Vaccination report Assam 1896-1927 - 1896-1927
Year: 1896
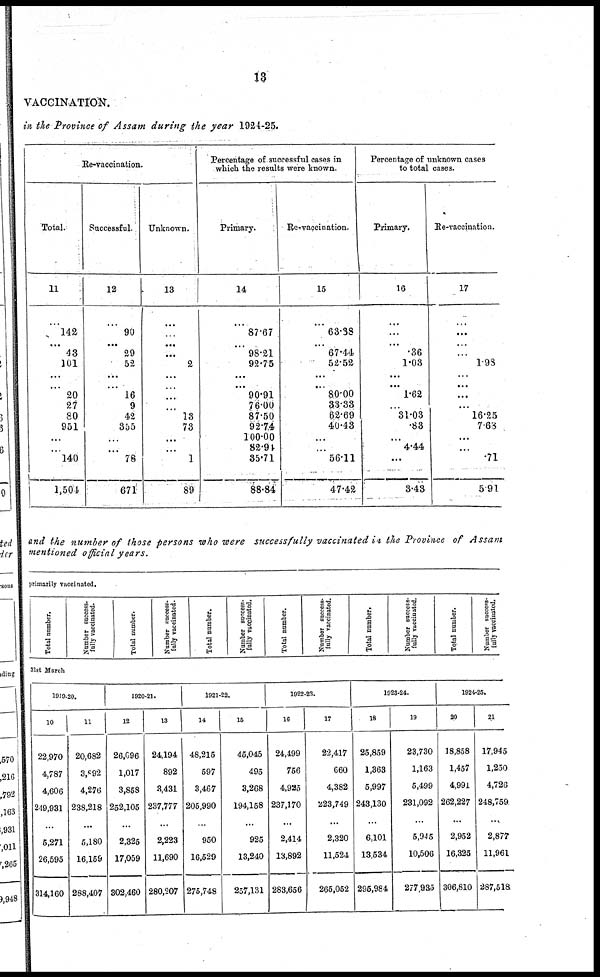
13
VACCINATION.
in the Province of Assam during the year 1924-25.
Re-vaccination.
Total.
11
...
142
...
43
101
...
...
20
27
80
951
...
...
140
1,504
Successful.
12
...
90
...
29
52
...
...
16
9
42
355
...
...
78
671
Unknown.
13
...
...
...
...
2
...
...
...
...
18
73
...
...
1
89
Percentage of successful cases in
which the results were known.
Primary.
14
...
87.67
...
98.21
92.75
...
...
90.91
76.00
87.50
92.74
100.00
82.91
35.71
88.84
Re-vaccination.
15
...
63.38
...
67.44
52.52
...
...
80.00
33.33
62.69
40.43
...
...
56.11
47.42
Percentage of unknown cases
to total cases.
Primary.
16
...
...
...
.36
1.03
...
...
1.62
...
31.03
.83
...
4.44
...
3.43
Re-vaccination.
17
...
...
...
...
1.93
...
...
...
...
16.25
7.68
...
...
.71
5.91
and the number of those persons who were successfully vaccinated in the Province of Assam
mentioned official years.
primarily vaccinated.
Total number.
Number success-
fully vaccinated.
Total number.
Number success-
fully vaccinated.
Total number.
Number success-
fully vaccinated.
Total number.
Number success-
fully vaccinated.
Total number.
Number success-
fully vaccinated.
Total number.
Number success-
fully vaccinated.
31st March
1910-20.
10
22,970
4,787
4,606
249,931
...
5,271
26,595
314,160
11
20,682
3,892
4,276
238,218
...
5,180
16,159
288,407
1920-21.
12
26,696
1,017
3,858
252,105
...
2,325
17,059
302,460
13
24,194
892
3,431
237,777
...
2,223
11,690
280,207
1921-22.
14
48,215
597
3,467
205,990
...
950
16,529
276,748
15
45,045
495
3,268
194,158
...
925
13,240
257,131
1922-23.
16
24,499
756
4,925
237,170
...
2,414
13,892
283,656
17
22,417
660
4,382
223,749
...
2,320
11,524
266,052
1923-24.
18
25,859
1,363
6,997
243,130
...
6,101
13,534
296,984
19
23,730
1,163
5,499
231,092
...
5,945
10,506
277,935
1924-25.
20
18,858
1,457
4,991
262,227
...
2,952
16,325
306,810
21
17,945
1,250
4,726
248,759
...
2,877
11,961
287,518